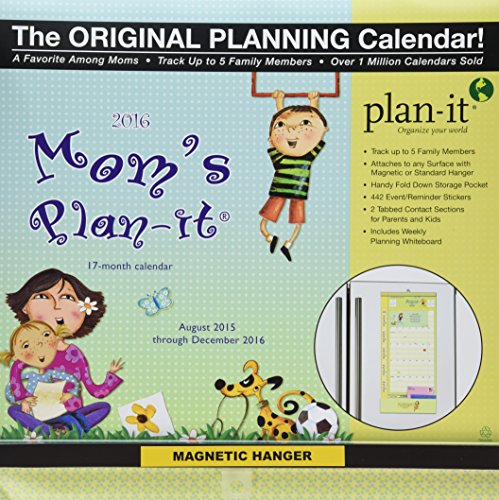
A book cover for Wells Street by Lang Mom's 2016 Plan-It Plus, August 2015 to December 2016, 12 x 26.5 inches (7009167); Calendars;